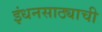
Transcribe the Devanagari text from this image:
इंधनसाठ्याची